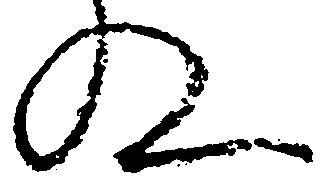
殿